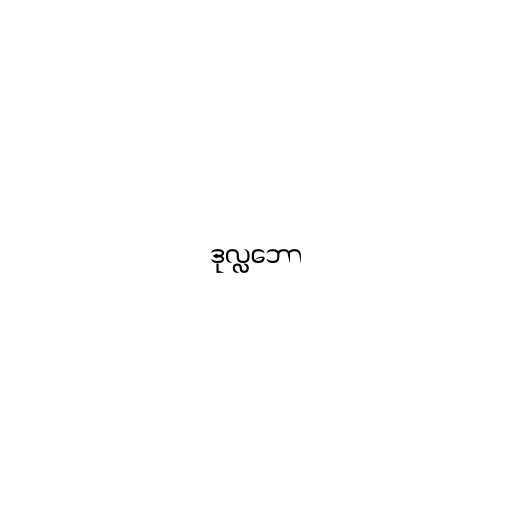
ဒုလ္လဘော